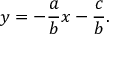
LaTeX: y = - { \frac { a } { b } } x - { \frac { c } { b } } .